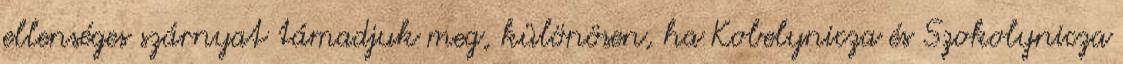
ellenséges szárnyat támadjuk meg, különösen, ha Kobelynicza és Szokolynicza